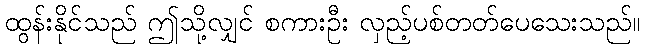
ထွန်းနိုင်သည် ဤသို့လျှင် စကားဦး လှည့်ပစ်တတ်ပေသေးသည်။